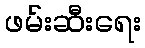
ဖမ်းဆီးရေး